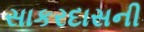
સાકરદાસની